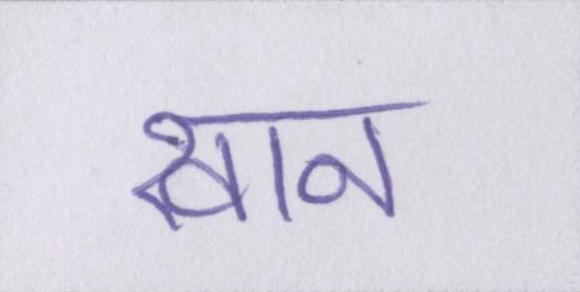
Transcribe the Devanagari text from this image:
खान